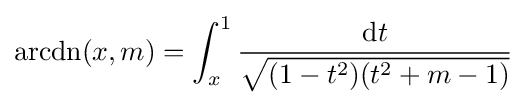
\operatorname {arcdn} (x,m)=\int _{x}^{1}{\frac {\mathrm {d} t}{\sqrt {(1-t^{2})(t^{2}+m-1)}}}